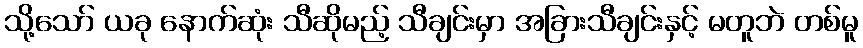
သို့သော် ယခု နောက်ဆုံး သီဆိုမည့် သီချင်းမှာ အခြားသီချင်းနှင့် မတူဘဲ တစ်မူ